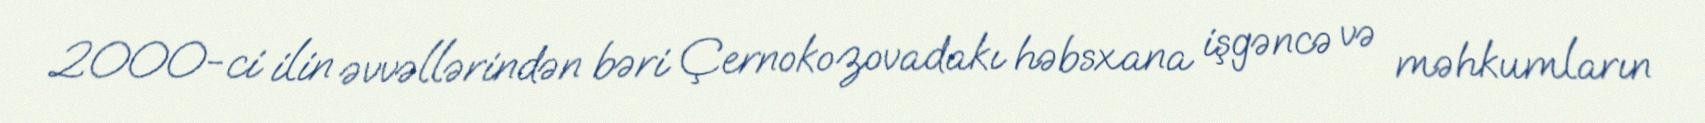
2000-ci ilin əvvəllərindən bəri Çernokozovadakı həbsxana işgəncə və məhkumların